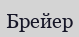
Брейер